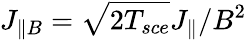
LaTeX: J_{\parallel B}=\sqrt{2T_{sce}}J_{\parallel}/B^{2}